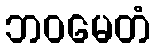
ဘဝမေတံ